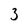
Character: 3